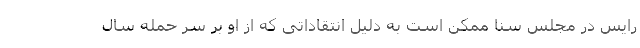
رایس در مجلس سنا ممکن است به دلیل انتقاداتی که از او بر سر حمله سال